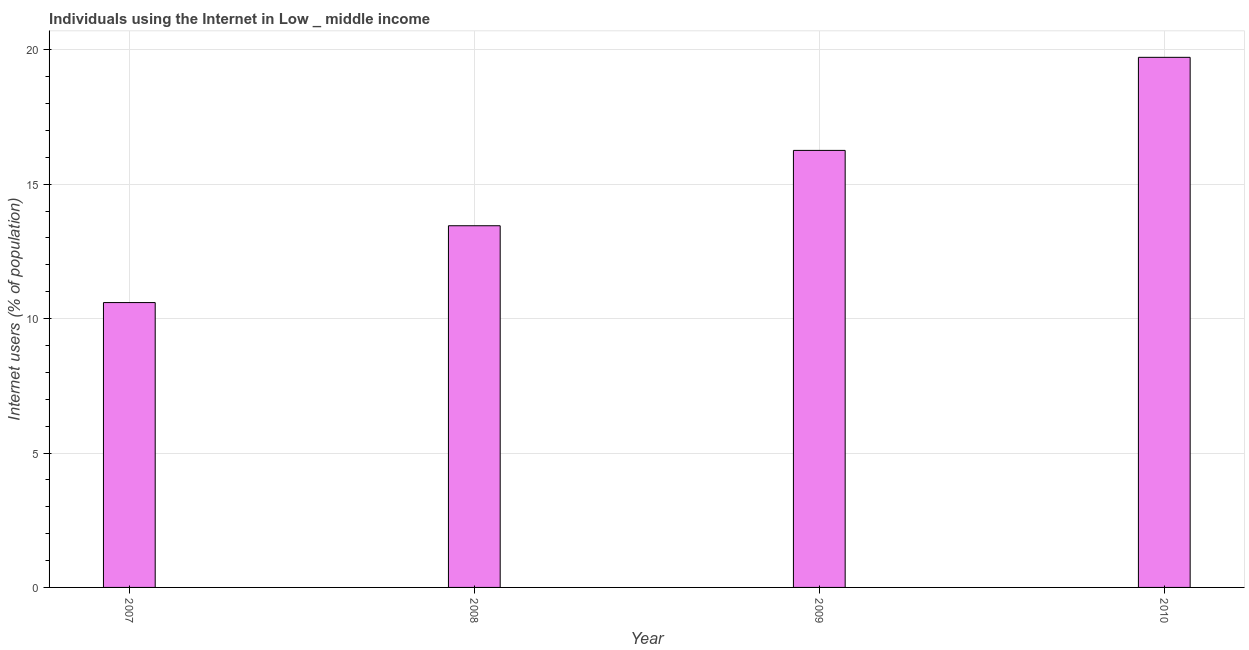
| Year | Internet users |
 | --- | --- |
 | 2007 | 10.6 |
 | 2008 | 13.5 |
 | 2009 | 16.3 |
 | 2010 | 19.7 |